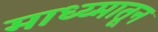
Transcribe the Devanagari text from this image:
माध्य्मातून